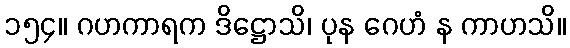
၁၅၄။ ဂဟကာရက ဒိဋ္ဌောသိ၊ ပုန ဂေဟံ န ကာဟသိ။